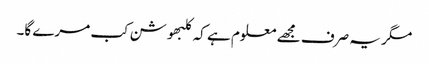
مگر یہ صرف مجھے معلوم ہے کہ کلبھوشن کب مرے گا۔